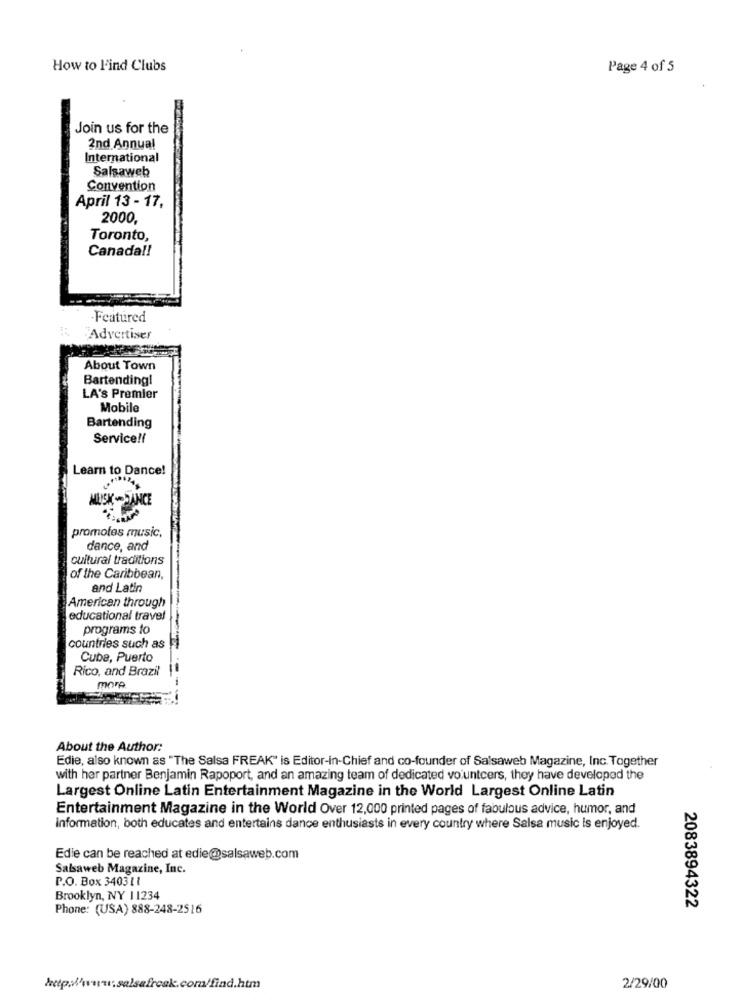
How to l'ind Clubs
Page 4 of 5
Join us for the
2nd Annual
International
Salsaweb
Convention
April 13 - 17,
2000.
Toronto,
Canada !!
-Featured
Advertiser
About Town
Bartending!
LA's Premier
Mobile
Bartending
Service !!
Learn to Dance!
MUISK-DANCE
promotes music.
dance, and
cultural traditions
of the Caribbean,
and Latin
American through
educational travel
programs to
countries such as
Cube, Puerto
Rico, and Brazil
more
About the Author:
Edie, also known as "The Salsa FREAK" is Editor-in-Chief and co-founder of Salsaweb Magazine, Inc. Together
with her partner Benjamin Rapoport, and an amazing team of dedicated volunteers, they have developed the
Largest Online Latin Entertainment Magazine in the World Largest Online Latin
Entertainment Magazine in the World Over 12,000 printed pages of fabulous advice, humor, and
information, both educates and entertains dance enthusiasts in every country where Salsa music is enjoyed.
Edie can be reached at edie@salsaweb.com
Salsaweb Magazine, Inc.
P.O. Box 340311
Brooklyn, NY 11234
Phone: (USA) 888-248-2516
2083894322
http:/www.salsafreak.com/find.htm
2/29/00